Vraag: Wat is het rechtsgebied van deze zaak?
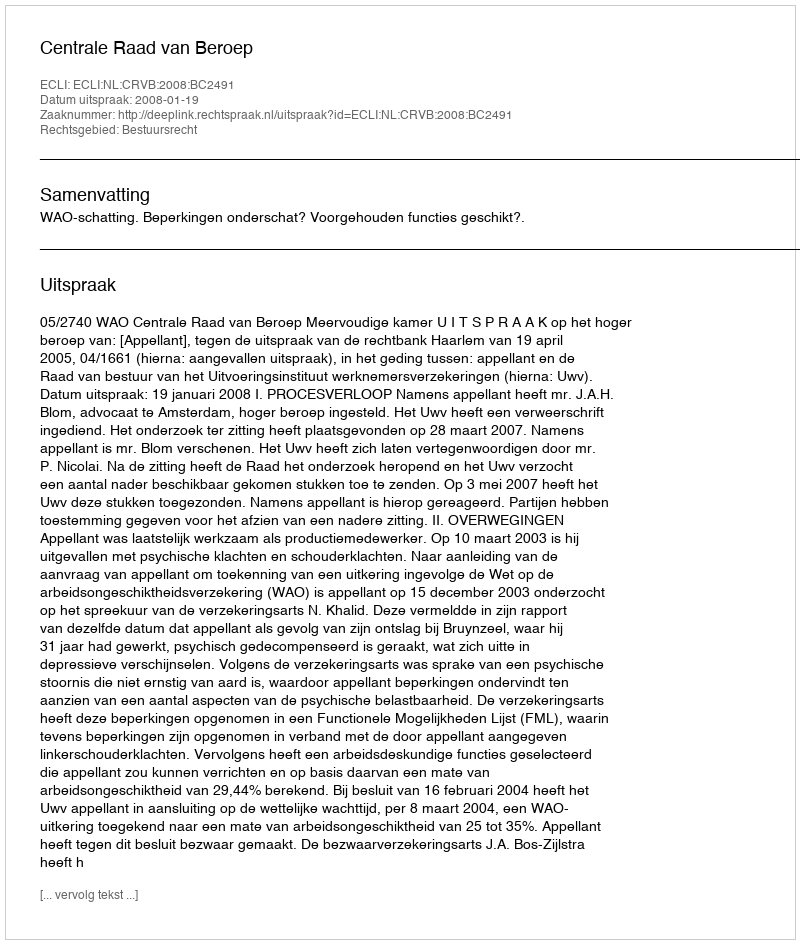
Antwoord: Bestuursrecht